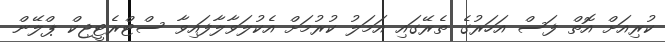
ކުރިއަށް އޮތް ފަސް އަހަރުގެ ތެރޭގައި އަމަލު ކުރުމަށް އެކުލަވާލާފައިވާ ސްޓްރެޓީޖިކް ޕްލޭން